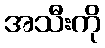
အသီးကို